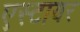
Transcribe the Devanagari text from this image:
एस्टायर